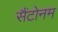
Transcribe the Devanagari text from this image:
सैंटोनम